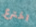
اخترع